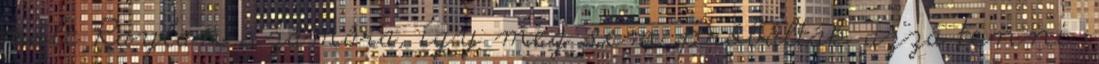
volt Raylan számára, így meg sem próbálták azzá tenni.